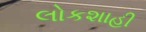
લોકશાહી